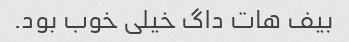
بیف هات داگ خیلی خوب بود.